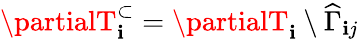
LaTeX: \partialT_{\mathbf{i}}^{\subset}=\partialT_{\mathbf{i}}\setminus\widehat{{\Gamma}}_{\mathbf{i}j}